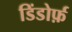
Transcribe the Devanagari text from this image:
डिंडोर्फ़